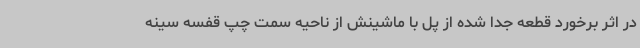
در اثر برخورد قطعه جدا شده از پل با ماشینش از ناحیه سمت چپ قفسه سینه